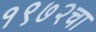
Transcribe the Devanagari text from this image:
१९७२चा